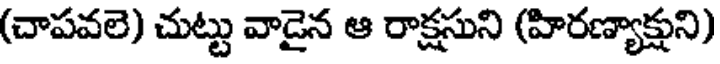
(చాపవలె) చుట్టు వాడైన ఆ రాక్షసుని (హిరణ్యాక్షుని)